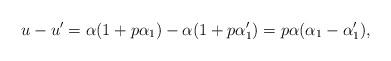
LaTeX: \begin{align*}u-u' = \alpha(1+p\alpha_1) - \alpha(1+p\alpha_1') = p\alpha(\alpha_1-\alpha_1'),\end{align*}